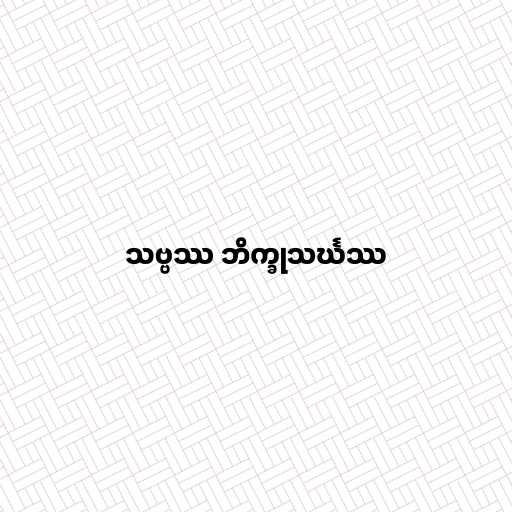
သဗ္ဗဿ ဘိက္ခုသင်္ဃဿ